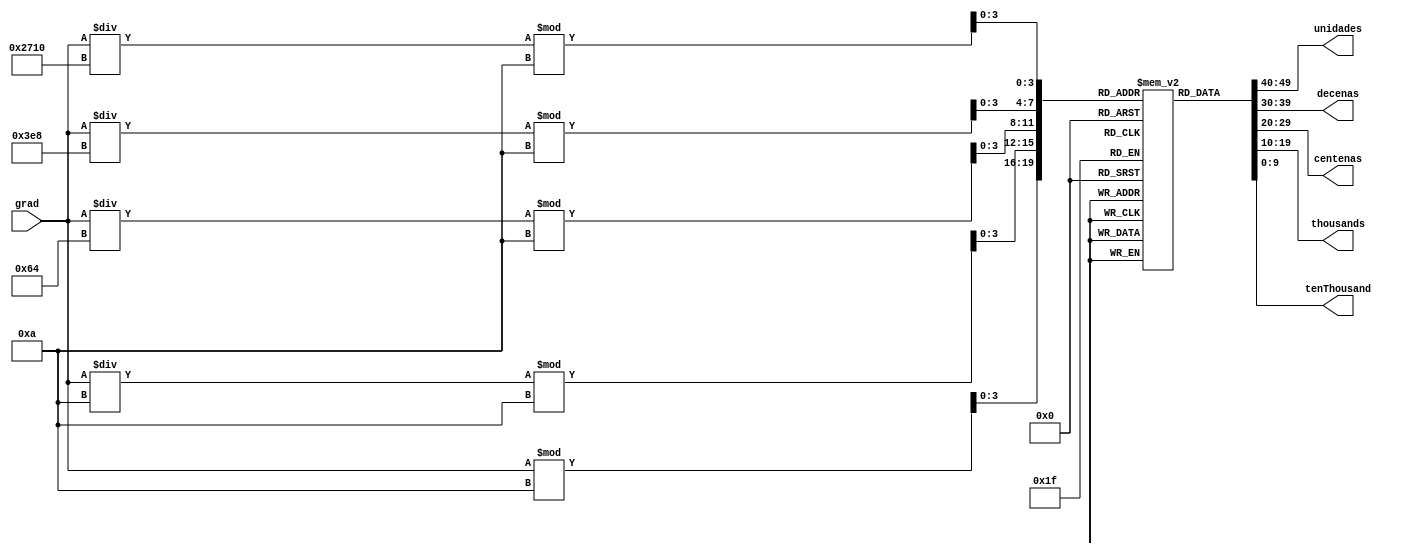
        //////////////////////////////////////////////////////////////////////////////////
        // University: 	 
        // Module Name:    ROM_grados_numericos 
        // Project Name: 	 
        // Target Devices: Arty S7
        //////////////////////////////////////////////////////////////////////////////////
        module ROM_grados_numericos(grad, unidades, decenas, centenas, thousands, tenThousand);
        
        input [15:0] grad;
        output reg [9:0] unidades, decenas, centenas, thousands, tenThousand;
        
        parameter numero_cero={2'b10,8'h30};// 2 bits para instruccion, 8 bits para ascii
        parameter numero_uno={2'b10,8'h31};
        parameter numero_dos={2'b10,8'h32};
        parameter numero_tres={2'b10,8'h33};
        parameter numero_cuatro={2'b10,8'h34};
        parameter numero_cinco={2'b10,8'h35};
        parameter numero_seis={2'b10,8'h36};
        parameter numero_siete={2'b10,8'h37};
        parameter numero_ocho={2'b10,8'h38};
        parameter numero_nueve={2'b10,8'h39};
        
        reg [9:0] numbers [0:9];
        
        initial begin
            numbers[0] = numero_cero;
            numbers[1] = numero_uno;
            numbers[2] = numero_dos;
            numbers[3] = numero_tres;
            numbers[4] = numero_cuatro;
            numbers[5] = numero_cinco;
            numbers[6] = numero_seis;
            numbers[7] = numero_siete;
            numbers[8] = numero_ocho;
            numbers[9] = numero_nueve;
        end
        
        reg [3:0] digits [0:4];
    
          always @* begin
            digits[0] = grad % 10;
            digits[1] = (grad / 10) % 10;
            digits[2] = (grad / 100) % 10;
            digits[3] = (grad / 1000) % 10;
            digits[4] = (grad / 10000) % 10;
            
            unidades = numbers[digits[0]];
            decenas = numbers[digits[1]];
            centenas = numbers[digits[2]];
            thousands = numbers[digits[3]];
            tenThousand = numbers[digits[4]];
            
          end
       
        endmodule